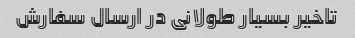
تاخیر بسیار طولانی در ارسال سفارش